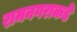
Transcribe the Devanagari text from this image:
रामनगराकडे